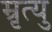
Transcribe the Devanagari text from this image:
म्रृत्यु